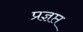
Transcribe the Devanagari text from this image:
प्रज्ञप्त